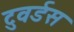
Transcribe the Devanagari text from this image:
टुवर्डस